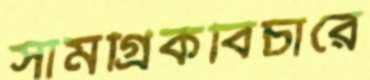
সামগ্রিকবিচারে